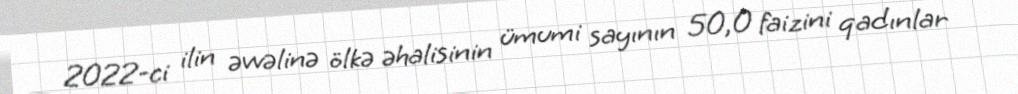
2022-ci ilin əvvəlinə ölkə əhalisinin ümumi sayının 50,0 faizini qadınlar